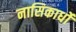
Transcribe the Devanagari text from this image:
नासिकार्धों